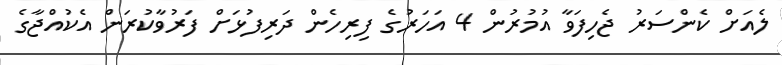
ލެއަށް ކެންސަރު ޖެހިފަވާ އުމުރުން 4 އަހަރުގެ ފިރިހެން ދަރިފުޅަށް ފަރުވާކުރަން އެކުއްޖާގެ